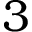
3